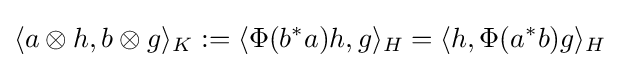
\langle a\otimes h,b\otimes g\rangle _{K}:=\langle \Phi (b^{*}a)h,g\rangle _{H}=\langle h,\Phi (a^{*}b)g\rangle _{H}